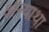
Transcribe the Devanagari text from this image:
अन्याथा